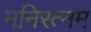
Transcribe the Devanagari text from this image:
मनिरत्नम